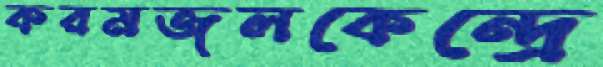
করমজলকেন্দ্রে